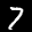
Label: 7